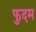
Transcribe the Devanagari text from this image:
फुदम